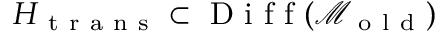
H _ { \mathrm { ~ t ~ r ~ a ~ n ~ s ~ } } \subset \mathrm { ~ D ~ i ~ f ~ f ~ } ( \mathcal { M } _ { \mathrm { ~ o ~ l ~ d ~ } } )